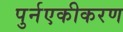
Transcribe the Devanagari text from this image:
पुर्नएकीकरण